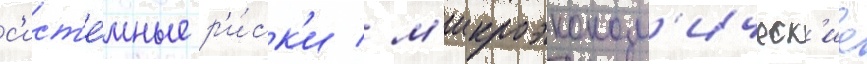
с'ист'е́мные р'и́ск'и / м'икроэконом'ическ'ие